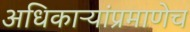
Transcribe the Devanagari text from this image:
अधिकाऱ्यांप्रमाणेच